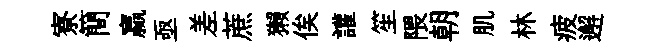
寮簡贏亟差蔗獺俟讙笙隈朝肌林疲邂